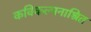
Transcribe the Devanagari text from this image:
कविकल्पनाश्रित